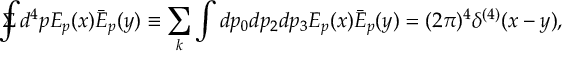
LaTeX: \Sigma \! \! \! \! \! \displaystyle { \int } d ^ { 4 } p E _ { p } ( x ) \bar { E } _ { p } ( y ) \equiv \sum _ { k } \int d p _ { 0 } d p _ { 2 } d p _ { 3 } E _ { p } ( x ) \bar { E } _ { p } ( y ) = ( 2 \pi ) ^ { 4 } \delta ^ { ( 4 ) } ( x - y ) ,